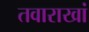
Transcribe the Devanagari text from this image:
तवाराखां